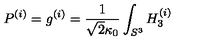
P ^ { ( i ) } = g ^ { ( i ) } = \frac { 1 } { \sqrt { 2 } \kappa _ { 0 } } \int _ { S ^ { 3 } } H _ { 3 } ^ { ( i ) }